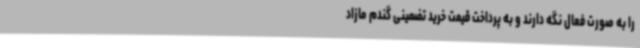
را به صورت فعال نگه دارند و به پرداخت قیمت خرید تضمینی گندم مازاد